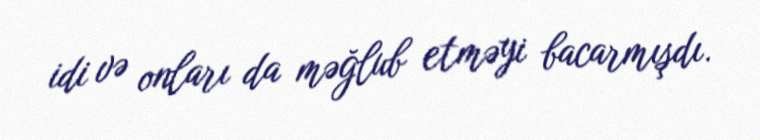
idi və onları da məğlub etməyi bacarmışdı.